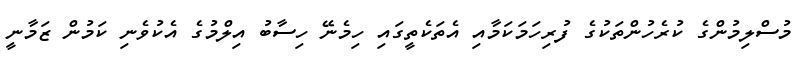
މުސްލިމުންގެ ކުރެހުންތަކުގެ ފުރިހަމަކަމާއި އެތަކެތީގައި ހިމެނޭ ހިސާބު އިލްމުގެ އެކުވެނި ކަމުން ޒަމާނީ